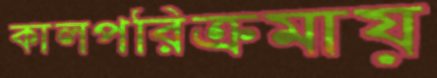
কালপরিক্রমায়